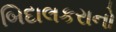
બિદાલકરાનો